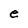
Character: e